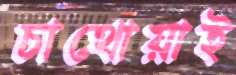
চাথোয়াই